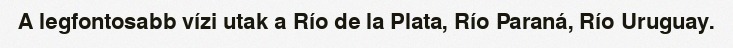
A legfontosabb vízi utak a Río de la Plata, Río Paraná, Río Uruguay.